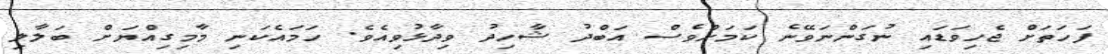
ފަހަތަށް ޖެހިވަޑައި ނުގަންނަވޭނެ ކަމަށްވެސް އަބްދު ޝާހިދު ވިދާޅުވިއެވެ. ހަމައެކަނި މާމިގިއްޔަށް ބަލާލި